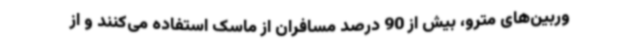
وربین‌های مترو، بیش از 90 درصد مسافران از ماسک استفاده می‌کنند و از